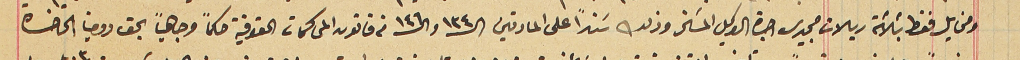
ومخايل فقط بثلاثة ريالات مجيدى اجرة الوكيل المسَخر وذلك سَنداً على المادتين الـ١٣٤ والـ١٤٦ من قانون المحاكمات الحقوقية حكماً وجاهياً بحق دومينا الحاضرة